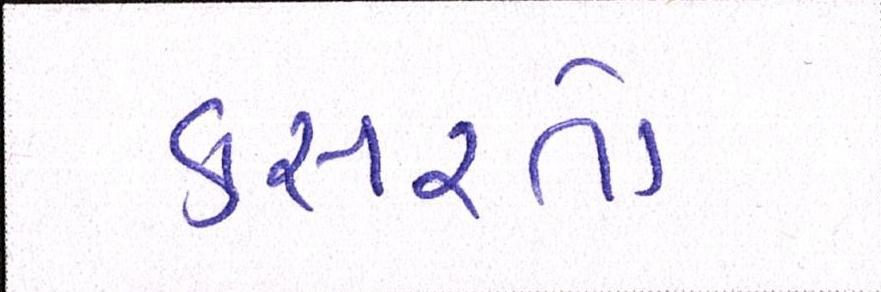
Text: કસરતો